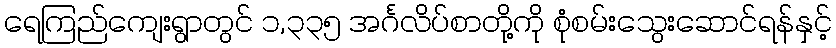
ရေကြည်ကျေးရွာတွင် ၁,၃၃၅ အင်္ဂလိပ်စာတို့ကို စုံစမ်းသွေးဆောင်ရန်နှင့်